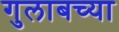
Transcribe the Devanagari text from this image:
गुलाबच्या